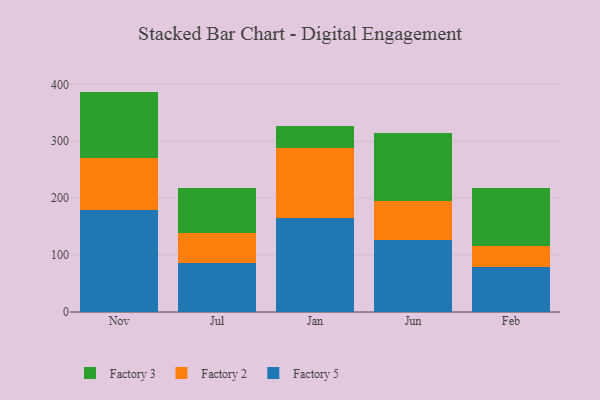
{"axis": {"x": "Month", "y": "Headcount"}, "legend": ["Factory 2", "Factory 3", "Factory 5"], "data": [{"x": "Nov", "y": 179.6, "type": "Factory 5"}, {"x": "Nov", "y": 90.4, "type": "Factory 2"}, {"x": "Nov", "y": 117.2, "type": "Factory 3"}, {"x": "Jul", "y": 85.8, "type": "Factory 5"}, {"x": "Jul", "y": 53.8, "type": "Factory 2"}, {"x": "Jul", "y": 79.1, "type": "Factory 3"}, {"x": "Jan", "y": 164.4, "type": "Factory 5"}, {"x": "Jan", "y": 123.2, "type": "Factory 2"}, {"x": "Jan", "y": 39.9, "type": "Factory 3"}, {"x": "Jun", "y": 126.5, "type": "Factory 5"}, {"x": "Jun", "y": 68.4, "type": "Factory 2"}, {"x": "Jun", "y": 120.4, "type": "Factory 3"}, {"x": "Feb", "y": 78.6, "type": "Factory 5"}, {"x": "Feb", "y": 36.9, "type": "Factory 2"}, {"x": "Feb", "y": 103.2, "type": "Factory 3"}]}